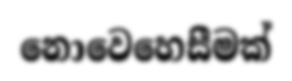
නොවෙහෙසීමක්